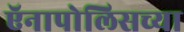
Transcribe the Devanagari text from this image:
ऍनापोलिसच्या